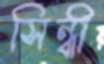
সিন্ধী